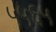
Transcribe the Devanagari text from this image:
५५६५